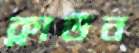
ক্লাউন